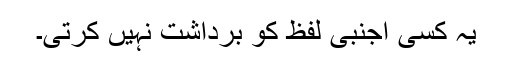
یہ کسی اجنبی لفظ کو برداشت نہیں کرتی۔